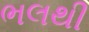
ભલથી